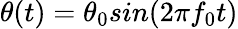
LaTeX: \theta(t)=\theta_{0}sin(2\pi f_{0}t)